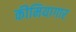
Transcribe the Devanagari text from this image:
कीमियागार